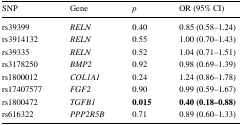
<table><thead><tr><td><b>SNP</b></td><td><b>Gene</b></td><td><b><i>p</i></b></td><td><b>OR (95% CI)</b></td></tr></thead><tbody><tr><td>rs39399</td><td><i>RELN</i></td><td>0.40</td><td>0.85 (0.58–1.24)</td></tr><tr><td>rs3914132</td><td><i>RELN</i></td><td>0.55</td><td>1.00 (0.70–1.43)</td></tr><tr><td>rs39335</td><td><i>RELN</i></td><td>0.52</td><td>1.04 (0.71–1.51)</td></tr><tr><td>rs3178250</td><td><i>BMP2</i></td><td>0.92</td><td>0.98 (0.69–1.39)</td></tr><tr><td>rs1800012</td><td><i>COL1A1</i></td><td>0.24</td><td>1.24 (0.86–1.78)</td></tr><tr><td>rs17407577</td><td><i>FGF2</i></td><td>0.90</td><td>0.99 (0.59–1.67)</td></tr><tr><td>rs1800472</td><td><i>TGFB1</i></td><td><b>0.015</b></td><td><b>0.40 (0.18–0.88)</b></td></tr><tr><td>rs616322</td><td><i>PPP2R5B</i></td><td>0.71</td><td>0.89 (0.60–1.33)</td></tr></tbody></table>